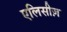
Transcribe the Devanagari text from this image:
एलिसीज़